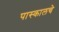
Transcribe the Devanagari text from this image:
पास्कालचे